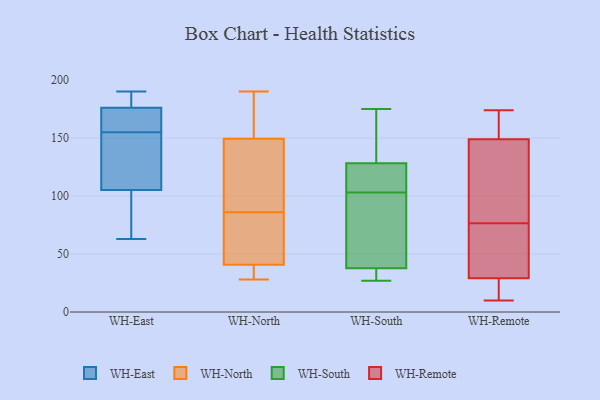
{"axis": {"x": "Population (Million)", "y": "Value"}, "legend": ["WH-East", "WH-North", "WH-Remote", "WH-South"], "data": [{"x": "", "y": 103, "type": "WH-East"}, {"x": "", "y": 129, "type": "WH-East"}, {"x": "", "y": 190, "type": "WH-East"}, {"x": "", "y": 176, "type": "WH-East"}, {"x": "", "y": 112, "type": "WH-East"}, {"x": "", "y": 63, "type": "WH-East"}, {"x": "", "y": 176, "type": "WH-East"}, {"x": "", "y": 176, "type": "WH-East"}, {"x": "", "y": 155, "type": "WH-East"}, {"x": "", "y": 86, "type": "WH-East"}, {"x": "", "y": 178, "type": "WH-East"}, {"x": "", "y": 144, "type": "WH-North"}, {"x": "", "y": 86, "type": "WH-North"}, {"x": "", "y": 80, "type": "WH-North"}, {"x": "", "y": 40, "type": "WH-North"}, {"x": "", "y": 138, "type": "WH-North"}, {"x": "", "y": 28, "type": "WH-North"}, {"x": "", "y": 34, "type": "WH-North"}, {"x": "", "y": 165, "type": "WH-North"}, {"x": "", "y": 190, "type": "WH-North"}, {"x": "", "y": 140, "type": "WH-North"}, {"x": "", "y": 50, "type": "WH-North"}, {"x": "", "y": 176, "type": "WH-North"}, {"x": "", "y": 41, "type": "WH-North"}, {"x": "", "y": 175, "type": "WH-South"}, {"x": "", "y": 50, "type": "WH-South"}, {"x": "", "y": 28, "type": "WH-South"}, {"x": "", "y": 103, "type": "WH-South"}, {"x": "", "y": 38, "type": "WH-South"}, {"x": "", "y": 27, "type": "WH-South"}, {"x": "", "y": 129, "type": "WH-South"}, {"x": "", "y": 114, "type": "WH-South"}, {"x": "", "y": 149, "type": "WH-South"}, {"x": "", "y": 95, "type": "WH-South"}, {"x": "", "y": 108, "type": "WH-South"}, {"x": "", "y": 105, "type": "WH-South"}, {"x": "", "y": 92, "type": "WH-South"}, {"x": "", "y": 27, "type": "WH-South"}, {"x": "", "y": 171, "type": "WH-South"}, {"x": "", "y": 37, "type": "WH-South"}, {"x": "", "y": 128, "type": "WH-South"}, {"x": "", "y": 76, "type": "WH-Remote"}, {"x": "", "y": 29, "type": "WH-Remote"}, {"x": "", "y": 77, "type": "WH-Remote"}, {"x": "", "y": 93, "type": "WH-Remote"}, {"x": "", "y": 19, "type": "WH-Remote"}, {"x": "", "y": 149, "type": "WH-Remote"}, {"x": "", "y": 174, "type": "WH-Remote"}, {"x": "", "y": 10, "type": "WH-Remote"}, {"x": "", "y": 169, "type": "WH-Remote"}, {"x": "", "y": 148, "type": "WH-Remote"}, {"x": "", "y": 44, "type": "WH-Remote"}, {"x": "", "y": 56, "type": "WH-Remote"}, {"x": "", "y": 20, "type": "WH-Remote"}, {"x": "", "y": 155, "type": "WH-Remote"}]}